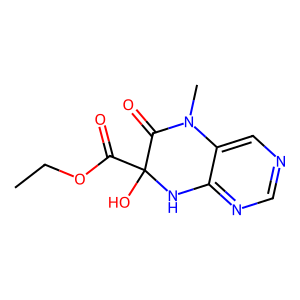
SMILES: CCOC(=O)C1(O)Nc2ncncc2N(C)C1=O
Inhibits HIV replication: No